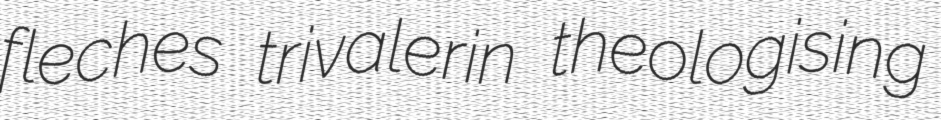
fleches trivalerin theologising